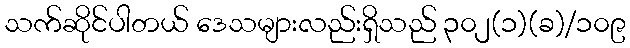
သက်ဆိုင်ပါတယ် ဒေသများလည်းရှိသည် ၃၀၂(၁)(ခ)/၁၀၉